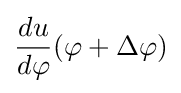
{du \over d\varphi }(\varphi +\Delta \varphi )